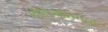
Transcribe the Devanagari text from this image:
पोलिनेशियनों